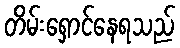
တိမ်းရှောင်နေရသည်